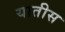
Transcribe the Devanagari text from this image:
यातीस